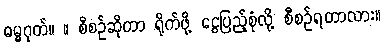
ဓမ္မဂုတ်။ ။ စီစဉ်ဆိုတာ ရိုက်ဖို့ ငွေပြည့်စုံလို့ စီစဉ်ရတာလား။